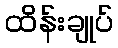
ထိန်းချုပ်